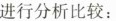
进行分析比较：